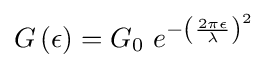
G\left(\epsilon \right)=G_{0}\,\,e^{-\left({\frac {2\pi \epsilon }{\lambda }}\right)^{2}}